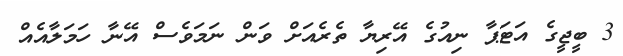
3 ބީޖީގެ އަޓަޕާ ނިއުގެ އޭރިޔާ ތެރެއަށް ވަން ނަމަވެސް އޭނާ ހަމަލާއެއް